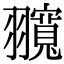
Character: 𦒨